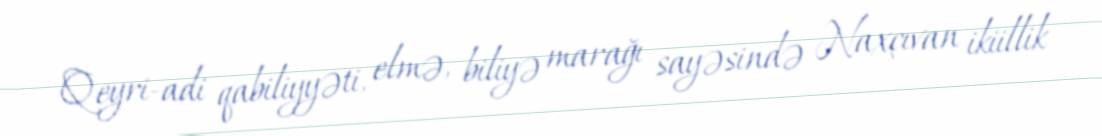
Qeyri-adi qabiliyyəti, elmə, biliyə marağı sayəsində Naxçıvan ikiillik